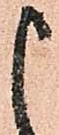
申